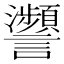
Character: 𧮝